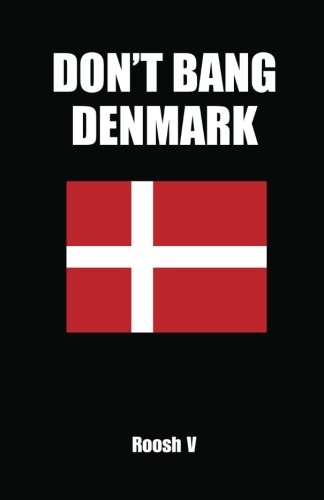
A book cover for Don't Bang Denmark: How To Sleep With Danish Women In Denmark (If You Must); Roosh V; Travel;